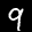
Label: 9